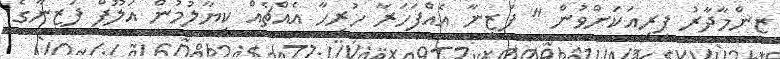
ޒިންމާދާރު ފިރިއަކަށްވުން " ފަޒީނާ އެއްފަހަރާ ހުރިހާ އެއްޗެއް ކިޔާލުމުން އަލޫފް ފަޒީނާގެ